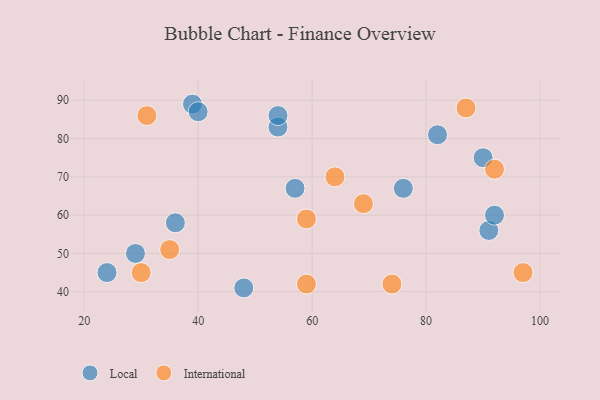
{"axis": {"x": "GDP", "y": "Life Expectancy"}, "legend": ["International", "Local"], "data": [{"x": "39", "y": 89, "type": "Local"}, {"x": "91", "y": 56, "type": "Local"}, {"x": "57", "y": 67, "type": "Local"}, {"x": "29", "y": 50, "type": "Local"}, {"x": "82", "y": 81, "type": "Local"}, {"x": "48", "y": 41, "type": "Local"}, {"x": "40", "y": 87, "type": "Local"}, {"x": "36", "y": 58, "type": "Local"}, {"x": "76", "y": 67, "type": "Local"}, {"x": "54", "y": 83, "type": "Local"}, {"x": "90", "y": 75, "type": "Local"}, {"x": "24", "y": 45, "type": "Local"}, {"x": "92", "y": 60, "type": "Local"}, {"x": "54", "y": 86, "type": "Local"}, {"x": "64", "y": 70, "type": "International"}, {"x": "97", "y": 45, "type": "International"}, {"x": "30", "y": 45, "type": "International"}, {"x": "92", "y": 72, "type": "International"}, {"x": "59", "y": 42, "type": "International"}, {"x": "31", "y": 86, "type": "International"}, {"x": "59", "y": 59, "type": "International"}, {"x": "74", "y": 42, "type": "International"}, {"x": "35", "y": 51, "type": "International"}, {"x": "87", "y": 88, "type": "International"}, {"x": "69", "y": 63, "type": "International"}]}